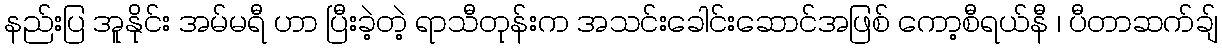
နည်းပြ အူနိုင်း အမ်မရီ ဟာ ပြီးခဲ့တဲ့ ရာသီတုန်းက အသင်းခေါင်းဆောင်အဖြစ် ကော့စီရယ်နီ ၊ ပီတာဆက်ချ်